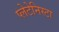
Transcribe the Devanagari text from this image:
प्‍लेटेनिस्‍टा